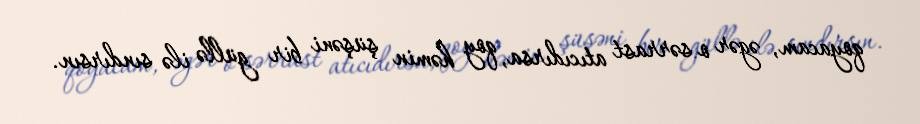
qoyacam, əgər o sərrast atıcıdırsa, qoy həmin şüşəni bir güllə ilə sındırsın.